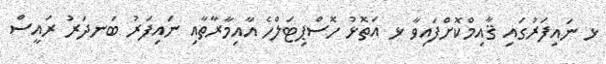
ޅ ނައިފަރުގައި ޤާއިމްކޮށްފައިވާ ޅ އަތޮޅު ހޮސްޕިޓަލްހެ އާއިމާރާތާއި ނައިފަރު ބަނދަރު ރައީސް